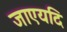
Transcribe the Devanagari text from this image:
जाएयदि